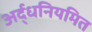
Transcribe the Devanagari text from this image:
अर्द्धनियमित